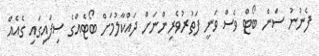
ފެނުނު ސަން ބޯޓް ވެސް ވަނީ ފަތުރުވެރިންނަށް ދައްކާލުމަށް ބޯޓެއްގެ ސިފައިގައި ގެއެއް